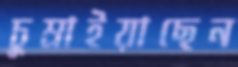
চুম্‌রাইয়াছেন